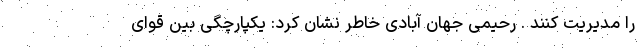
را مدیریت کنند . رحیمی جهان آبادی خاطر نشان کرد: یکپارچگی بین قوای